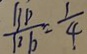
\frac { 1 3 p } { 1 3 b } = \frac { 1 } { 4 }